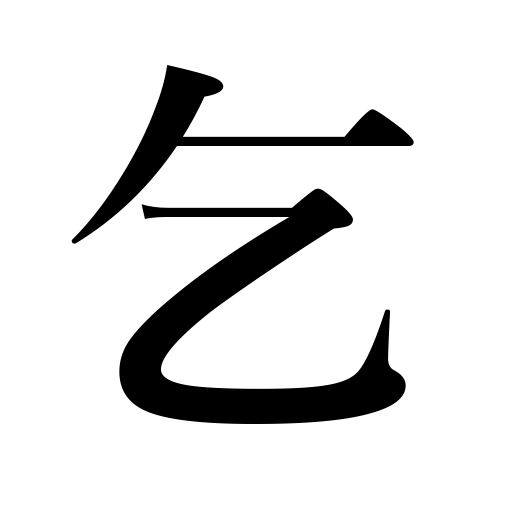
Meanings: beg,pray for,solicit,ask,request,invite